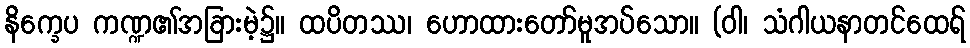
နိက္ခေပ ကဏ္ဍ၏အခြားမဲ့၌။ ထပိတဿ၊ ဟောထားတော်မူအပ်သော။ (ဝါ၊ သံဂါယနာတင်ထေရ်